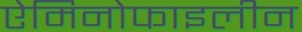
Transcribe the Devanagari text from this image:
ऐमिनोफाइलीन